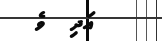
އަދި  ވެ